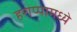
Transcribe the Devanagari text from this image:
हराप्पामध्ये